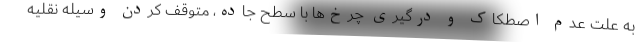
به علت عدم اصطکاک و درگیری چرخ‌ها با سطح جاده، متوقف کردن وسیله نقلیه